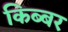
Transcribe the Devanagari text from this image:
किब्‍बर